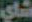
شاي